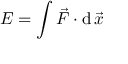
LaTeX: E = \int { \vec { F } } \cdot \mathrm { d \, } { \vec { x } }